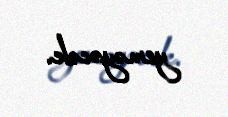
yeməyəcək.